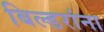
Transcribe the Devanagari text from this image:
बिल्डरांना